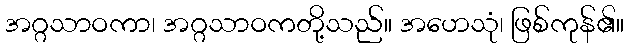
အဂ္ဂသာဝကာ၊ အဂ္ဂသာဝကတို့သည်။ အဟေသုံ၊ ဖြစ်ကုန်၏။